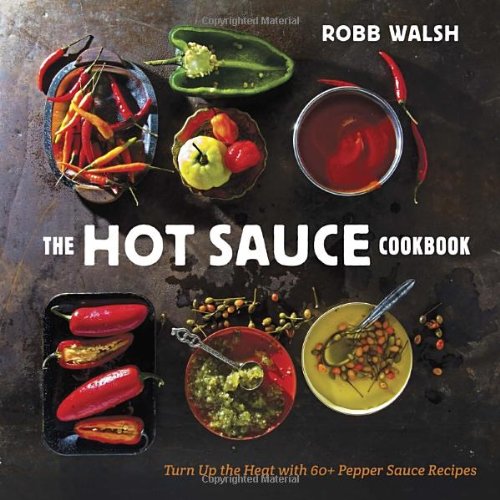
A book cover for The Hot Sauce Cookbook: Turn Up the Heat with 60+ Pepper Sauce Recipes; Robb Walsh; Cookbooks, Food & Wine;